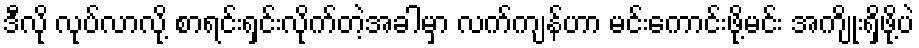
ဒီလို လုပ်လာလို့ စာရင်းရှင်းလိုက်တဲ့အခါမှာ လက်ကျန်ဟာ မင်းကောင်းဖို့မင်း အကျိုးရှိဖို့ပဲ